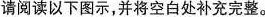
请阅读以下图示，并将空白处补充完整。